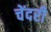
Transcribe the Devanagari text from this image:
चेंदरी